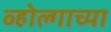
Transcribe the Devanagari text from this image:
व्होल्गाच्या